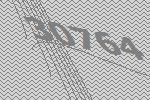
30764